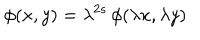
\phi ( x , y ) = \lambda ^ { 2 s } \, \phi ( \lambda x , \lambda y )